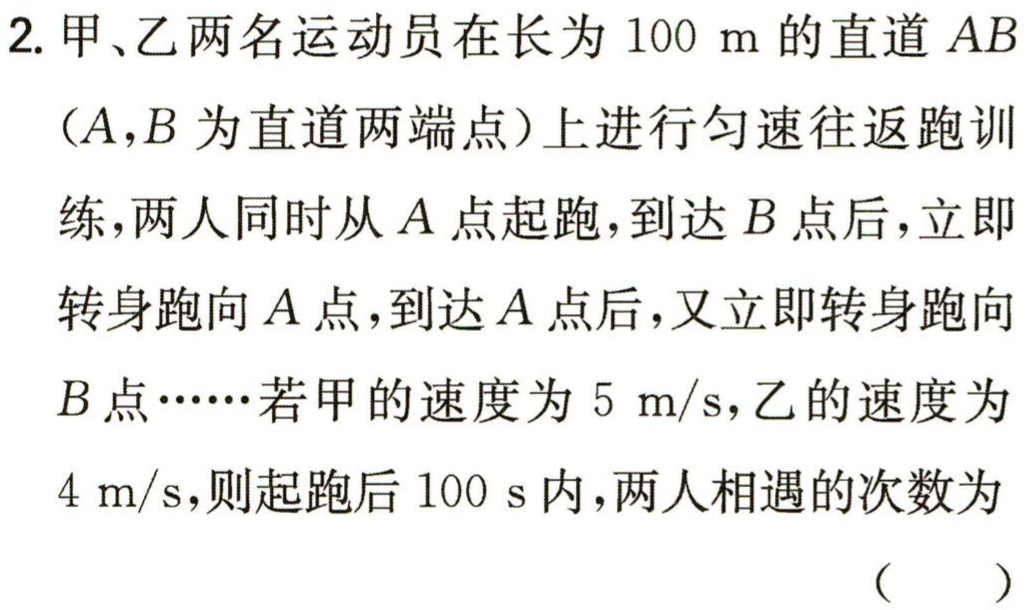
2. 甲、乙两名运动员在长为 \(100\ \mathrm{m}\) 的直道 \(AB\)

（\(A,B\) 为直道两端点）上进行匀速往返跑训

练，两人同时从 \(A\) 点起跑，到达 \(B\) 点后，立即

转身跑向 \(A\) 点，到达 \(A\) 点后，又立即转身跑向

\(B\) 点……若甲的速度为 \(5\ \mathrm{m/s}\)，乙的速度为

\(4\ \mathrm{m/s}\)，则起跑后 \(100\ \mathrm{s}\) 内，两人相遇的次数为

（  ）